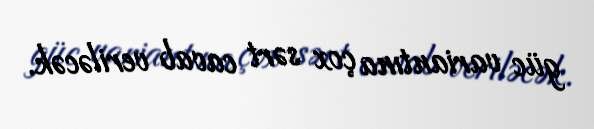
güc variantına çox sərt cavab veriləcək.